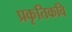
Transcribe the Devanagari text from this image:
प्रकृतिकवि